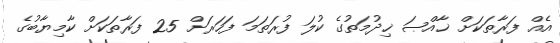
އެއް ފަރާތަކަށް ޚާއްޞަ ޚިދުމަތުގެ ކުލަ ފުރަތަމަ ފަހަރަށް 25 ފަރާތަކަށް ކާމިޔާބުގެ